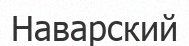
Наварский